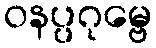
ဝနပ္ပဂုမ္ဗေ